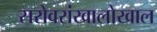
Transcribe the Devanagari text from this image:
सरोवरांखालोखाल